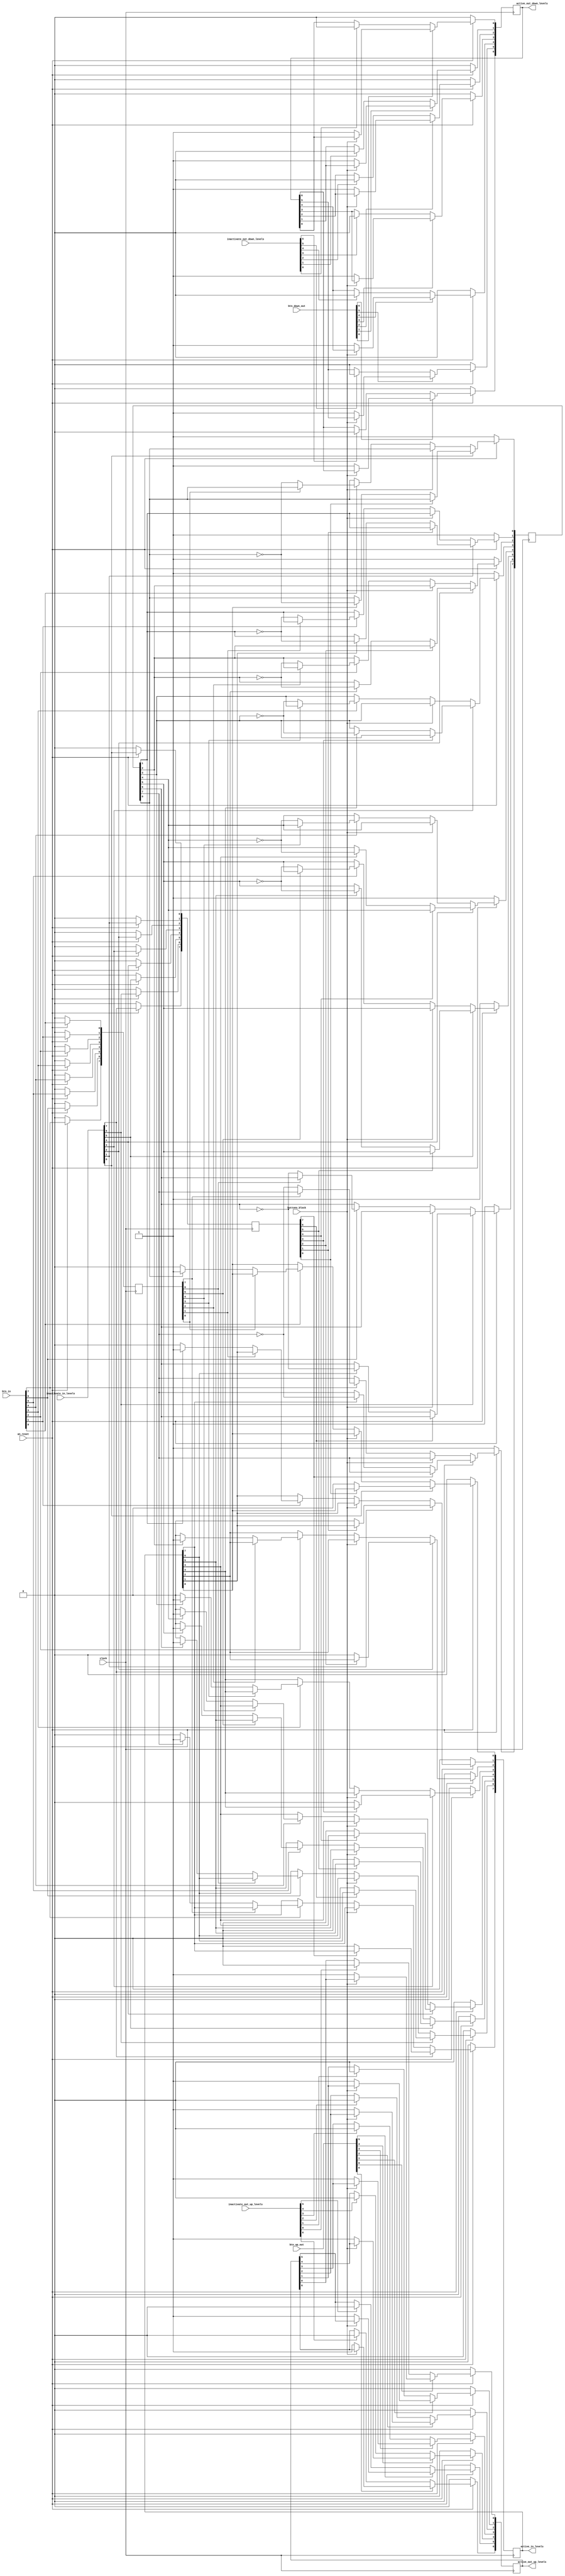
//buttons
module buttons_res
#(
parameter BUTTONS_WIDTH = 8

)
(
	input							clock,
	input							an_reset,
	input							buttons_block,
	input 		[BUTTONS_WIDTH-1:0] btn_in, 				//wewnatrz windy
	input 		[BUTTONS_WIDTH-2:0] btn_up_out, 			//na zewnatrz do gory
	input 		[BUTTONS_WIDTH-1:1] btn_down_out,			//na zewnatrz na d
	input 		[BUTTONS_WIDTH-1:0] inactivate_in_levels, 
	input 		[BUTTONS_WIDTH-2:0] inactivate_out_up_levels,
	input 		[BUTTONS_WIDTH-1:1] inactivate_out_down_levels,
	output reg 	[BUTTONS_WIDTH-1:0] active_in_levels,
    output reg 	[BUTTONS_WIDTH-2:0] active_out_up_levels,
	output reg 	[BUTTONS_WIDTH-1:1] active_out_down_levels
);
	reg [3:0] 				index;
	reg [BUTTONS_WIDTH-1:0] buttons_state;			//oznacza rejestr ostatniego stanu przyciskw
	reg [BUTTONS_WIDTH-1:0] l_btn_in;				//rejestr z poprzednim stanem
	reg [BUTTONS_WIDTH-1:0] l_inactivate_in_levels;	//rejestr z poprzednim stanem
	wire [BUTTONS_WIDTH-1:0] l_active_in_levels;	//rejestr z poprzednim stanem
		
	assign 	l_active_in_levels=active_in_levels;
		
	always @(posedge clock) begin
		if(!an_reset) begin
			l_btn_in 				<=0;
			l_inactivate_in_levels 	<=0;
			active_in_levels 		<=0;
			buttons_state			<=8'hFF;
		end
		else begin
			for(index=0; index<BUTTONS_WIDTH; index=index+1) begin
				if (inactivate_in_levels[index] == 1) begin
					if (l_inactivate_in_levels[index] == 0) begin
						if (l_active_in_levels[index] == 1) begin
							active_in_levels[index] <= 0;
							buttons_state[index]<=!buttons_state[index];
						end	
					end	
				end	
				else begin 	
					if(!buttons_block) begin
						if(btn_in[index] == 1) begin
							if(l_btn_in[index] == 0) begin				
								if(buttons_state[index]) begin
									active_in_levels[index] <= 1;
								end		
								else begin 
									active_in_levels[index] <= 0;
								end	
								buttons_state[index]<=!buttons_state[index];								
							end	
						end	
					end	
				end	
				l_btn_in[index] <= btn_in[index];
				l_inactivate_in_levels[index] <= inactivate_in_levels[index];
			end	
		end	
	end		

	always @(posedge clock) begin
		if(!an_reset) begin
			active_out_up_levels	<=0;
			active_out_down_levels	<=0;
		end
		else begin
			for(index=0; index<BUTTONS_WIDTH-1; index=index+1) begin
				//up
				if(btn_up_out[index] == 1) begin
					if(!buttons_block) begin
						active_out_up_levels[index] <= 1;
					end
				end else if (inactivate_out_up_levels[index] == 1) begin
					active_out_up_levels[index] <= 0;
				end
			end	
			for(index=1; index<BUTTONS_WIDTH; index=index+1) begin	
				//down
				if(btn_down_out[index] == 1) begin
					if(!buttons_block) begin
						active_out_down_levels[index] <= 1;
					end
				end else if (inactivate_out_down_levels[index] == 1) begin
					active_out_down_levels[index] <= 0;
				end
			end
		end	
	end	
	
endmodule 
//buttons